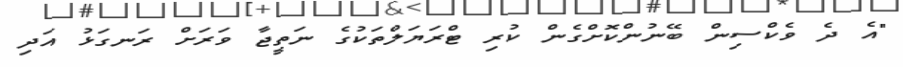
"އެ ދެ ވެކްސިން ބޭނުންކޮށްގެން ކުރި ޓްރަޔަލްތަކުގެ ނަތީޖާ ވަރަށް ރަނގަޅު އަދި